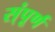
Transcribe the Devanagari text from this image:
स्ंपूर्ण